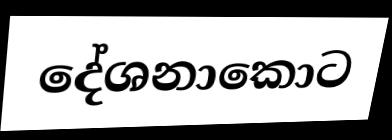
දේශනාකොට